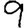
Digit: 9